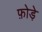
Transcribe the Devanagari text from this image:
फ़ोड़े